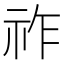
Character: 祚